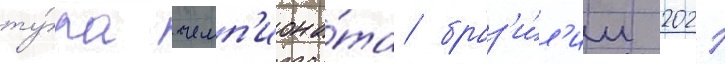
ту́ра чемп'иона́та браз'и́л'ии 2021